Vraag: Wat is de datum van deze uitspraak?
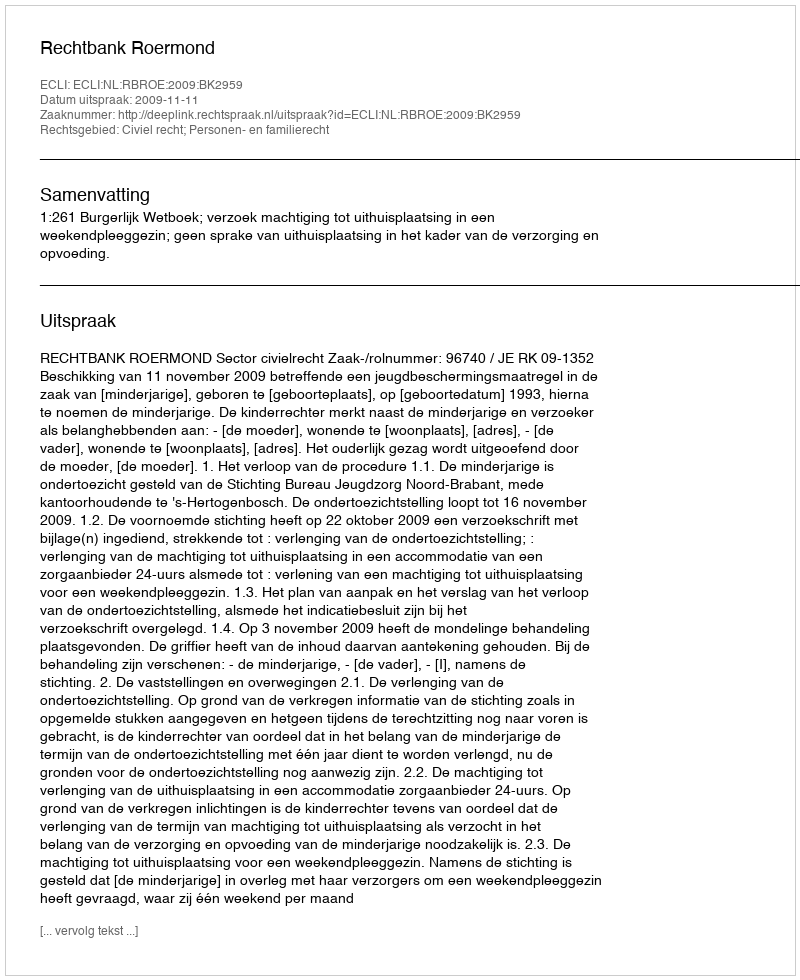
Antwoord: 2009-11-11